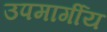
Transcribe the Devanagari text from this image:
उपमार्गीय